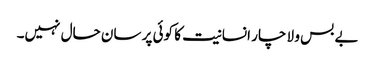
بے بس و لا چار انسانیت کا کوئی پر سان حال نہیں۔